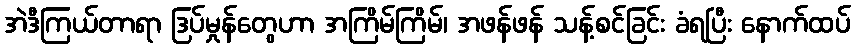
အဲဒီကြယ်တာရာ ဒြပ်မှုန်တွေဟာ အကြိမ်ကြိမ်၊ အဖန်ဖန် သန့်စင်ခြင်း ခံရပြီး နောက်ထပ်